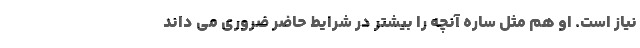
نیاز است. او هم مثل ساره آنچه را بیشتر در شرایط حاضر ضروری می داند